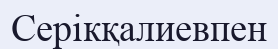
Серікқалиевпен